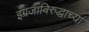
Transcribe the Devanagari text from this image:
इंग्रजांविरुद्धाच्या